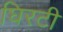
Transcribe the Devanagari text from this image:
घिरटी